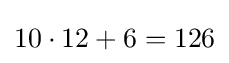
10\cdot 12+6=126